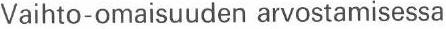
Vaihto-omaisuuden arvostamisessa